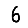
Digit: 6